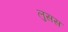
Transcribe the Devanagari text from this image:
लुसस